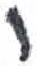
אות: י